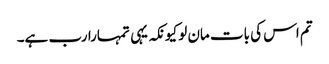
تم اس کی بات مان لو کیونکہ یہی تمہارا رب ہے۔